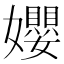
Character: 孆